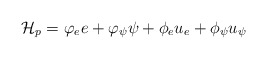
\begin{align*}\mathcal{H}_p = \varphi_e e + \varphi_\psi \psi + \phi_eu_e + \phi_\psi u_\psi\end{align*}